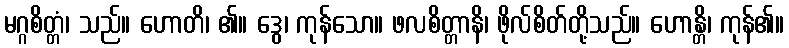
မဂ္ဂစိတ္တံ၊ သည်။ ဟောတိ၊ ၏။ ဒွေ၊ ကုန်သော။ ဖလစိတ္တာနိ၊ ဖိုလ်စိတ်တို့သည်။ ဟောန္တိ၊ ကုန်၏။